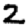
Digit: 2